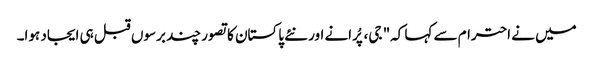
میں نے احترام سے کہا کہ" جی، پُرانے اور نئے پاکستان کا تصور چند برسوں قبل ہی ایجاد ہوا۔